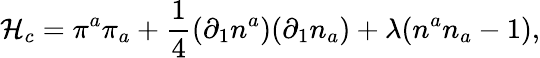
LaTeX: {\cal H}_{c}=\pi^{a}\pi_{a}+\frac{1}{4}(\partial_{1}n^{a})(\partial_{1}n_{a})+\lambda(n^{a}n_{a}-1),